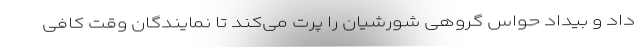
داد و بیداد حواس گروهی شورشیان را پرت می‌کند تا نمایندگان وقت کافی